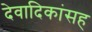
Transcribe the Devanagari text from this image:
देवादिकांसह